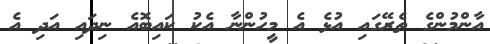
އާންމުންގެ ތެރޭގައި އުޅެ އެ މީހުންނާ އެކު ކައިބޮއެ ނިދައި އަދި އެ